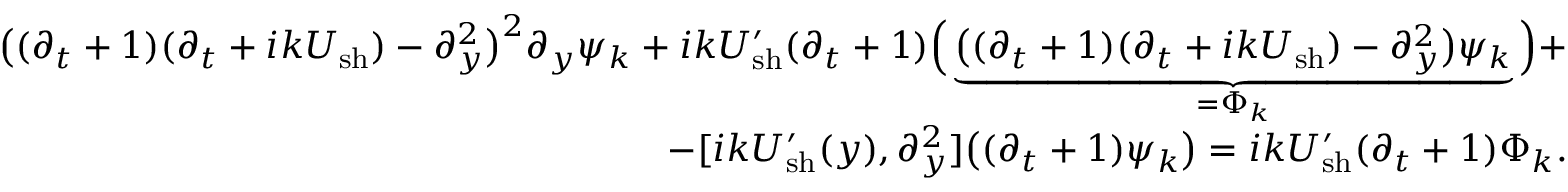
\begin{array} { r } { \big ( ( \partial _ { t } + 1 ) ( \partial _ { t } + i k U _ { \mathrm { s h } } ) - \partial _ { y } ^ { 2 } \big ) ^ { 2 } \partial _ { y } \psi _ { k } + i k U _ { \mathrm { s h } } ^ { \prime } ( \partial _ { t } + 1 ) \Big ( \underbrace { \big ( ( \partial _ { t } + 1 ) ( \partial _ { t } + i k U _ { \mathrm { s h } } ) - \partial _ { y } ^ { 2 } \big ) \psi _ { k } } _ { = \Phi _ { k } } \Big ) + } \\ { - [ i k U _ { \mathrm { s h } } ^ { \prime } ( y ) , \partial _ { y } ^ { 2 } ] \big ( ( \partial _ { t } + 1 ) \psi _ { k } \big ) = i k U _ { \mathrm { s h } } ^ { \prime } ( \partial _ { t } + 1 ) \Phi _ { k } . } \end{array}